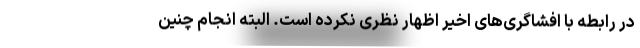
در رابطه با افشاگری‌های اخیر اظهار نظری نکرده است. البته انجام چنین